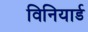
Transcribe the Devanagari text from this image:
विनियार्ड